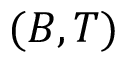
( B , T )